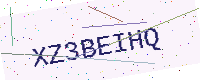
Text: XZ3BEIHQ